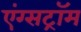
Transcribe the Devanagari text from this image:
एंग्सट्रॉम